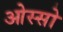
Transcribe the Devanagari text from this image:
ओस्सो